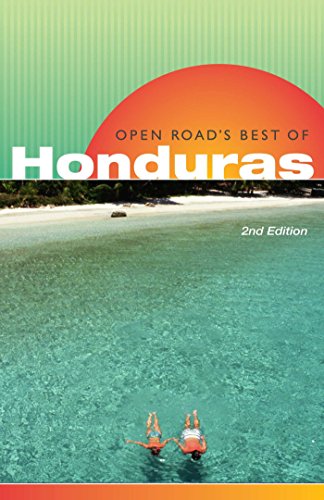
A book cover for Open Road's Best of Honduras, 2nd Edition (Open Road Travel Guides); Charlie Morris; Travel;